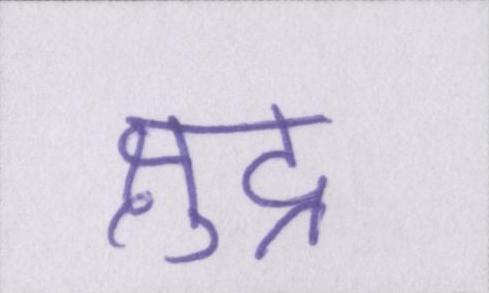
क्षुद्र